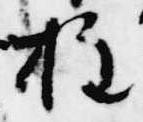
柱